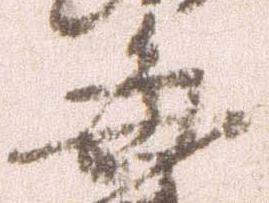
毎